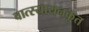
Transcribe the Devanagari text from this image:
वात्स्यायनकृत